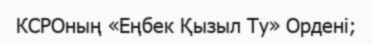
КСРОның «Еңбек Қызыл Ту» Ордені;